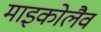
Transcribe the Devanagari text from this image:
माइकोलैव